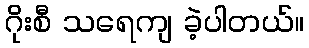
ဂိုးစီ သရေကျ ခဲ့ပါတယ်။